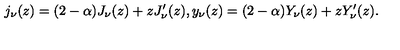
j _ { \nu } ( z ) = ( 2 - \alpha ) J _ { \nu } ( z ) + z J _ { \nu } ^ { \prime } ( z ) , y _ { \nu } ( z ) = ( 2 - \alpha ) Y _ { \nu } ( z ) + z Y _ { \nu } ^ { \prime } ( z ) .